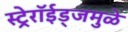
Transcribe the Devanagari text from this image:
स्ट्रेरॉईड्जमुळे